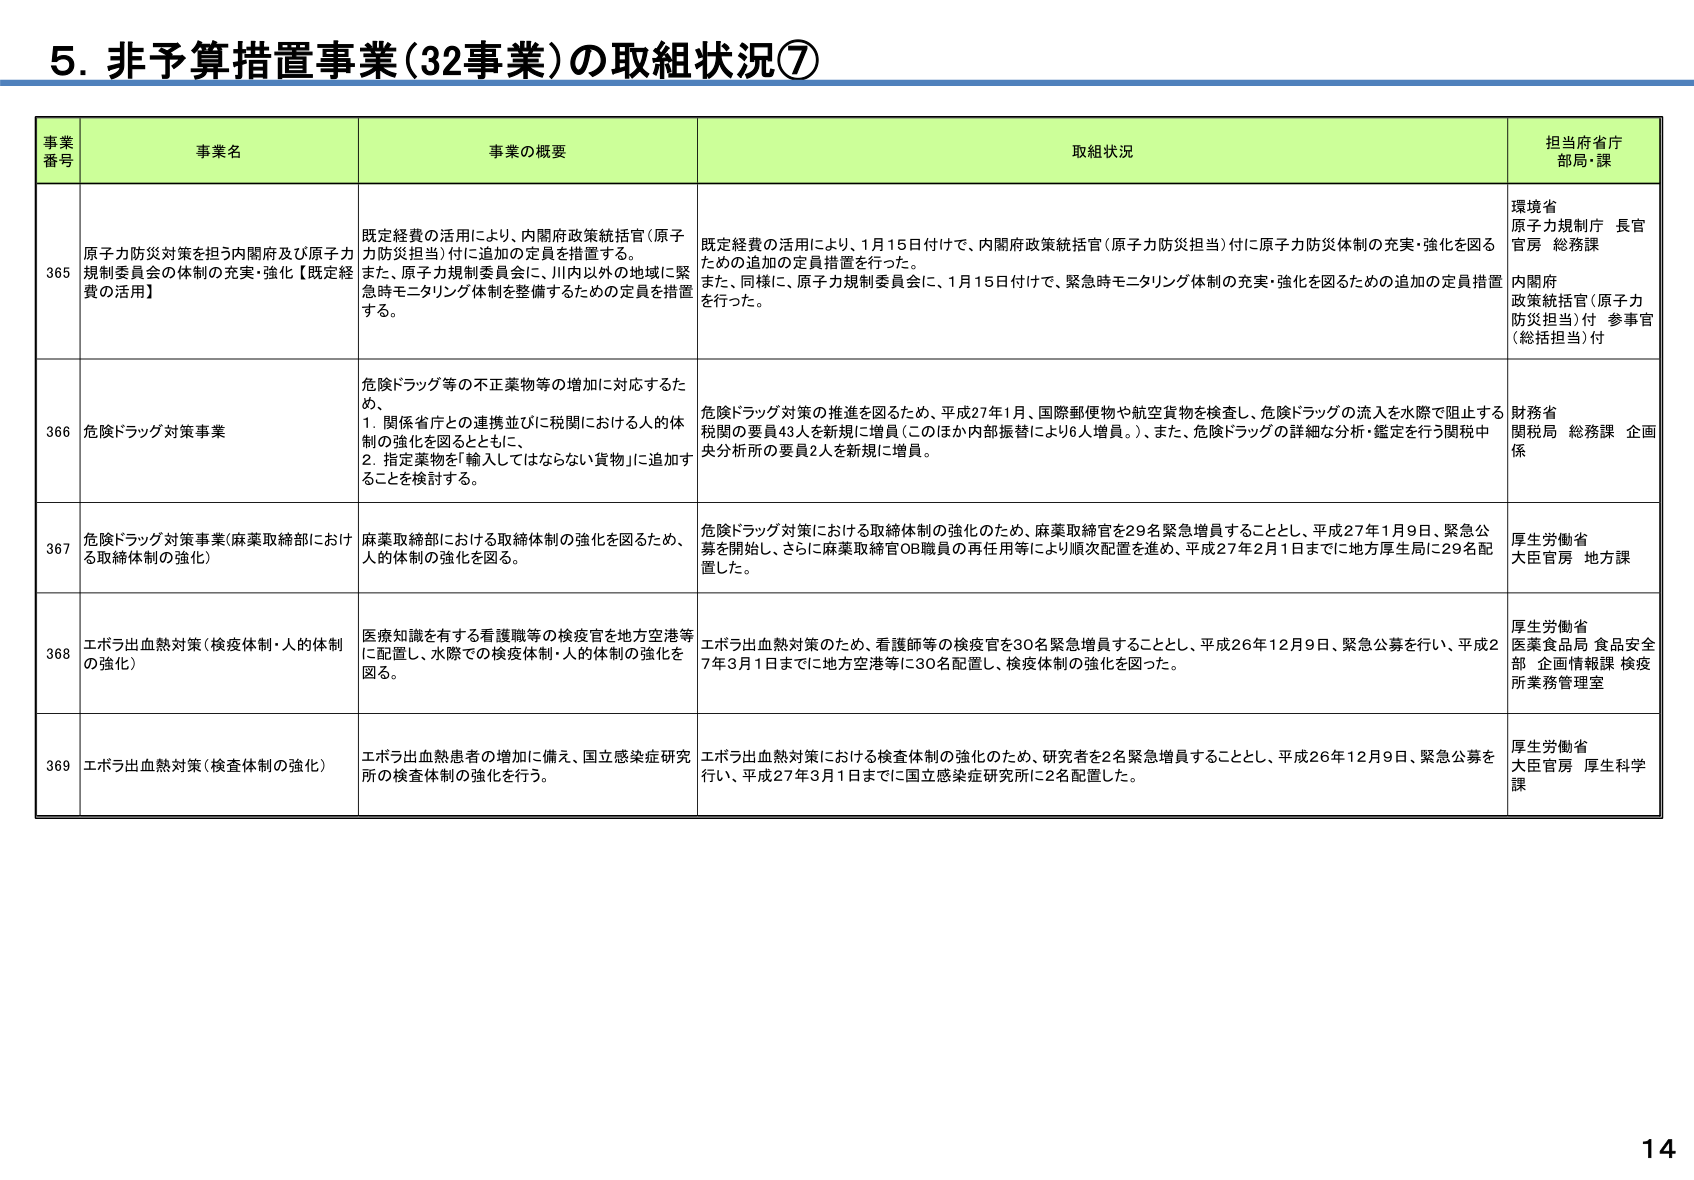
5. 非予算措置事業（32事業）の取組状況⑦

事業番号 事業名 事業の概要 取組状況 担当府省庁 部局・課

365 原子力防災対策を担う内閣府及び原子力規制委員会の体制の充実・強化【既定経費の活用】 既定経費の活用により、内閣府政策統括官（原子力防災担当）付に追加の定員を措置する。 また、原子力規制委員会に、川内以外の地域に緊急時モニタリング体制を整備するための定員を措置する。 既定経費の活用により、1月15日付けで、内閣府政策統括官（原子力防災担当）付に原子力防災体制の充実・強化を図るための追加の定員措置を行った。 また、同様に、原子力規制委員会に、1月15日付けで、緊急時モニタリング体制の充実・強化を図るための追加の定員措置を行った。 環境省 原子力規制庁 長官官房 総務課 内閣府 政策統括官（原子力防災担当）付 参事官（総括担当）付

366 危険ドラッグ対策事業 危険ドラッグ等の不正薬物等の増加に対応するため、 1. 関係省庁との連携並びに税関における人的体制の強化を図るとともに、 2. 指定薬物を「輸入してはならない貨物」に追加することを検討する。 危険ドラッグ対策の推進を図るため、平成27年1月、国際郵便物や航空貨物を検査し、危険ドラッグの流入を水際で阻止する税関の要員43人を新規に増員（このほか内部振替により6人増員。）、また、危険ドラッグの詳細な分析・鑑定を行う関税中央分析所の要員2人を新規に増員。 財務省 関税局 総務課 企画係

367 危険ドラッグ対策事業（麻薬取締部における取締体制の強化） 麻薬取締部における取締体制の強化を図るため、人的体制の強化を図る。 危険ドラッグ対策における取締体制の強化のため、麻薬取締官を29名緊急増員することとし、平成27年1月9日、緊急公募を開始し、さらに麻薬取締官OB職員の再任用等により順次配置を進め、平成27年2月1日までに地方厚生局に29名配置した。 厚生労働省 大臣官房 地方課

368 エボラ出血熱対策（検疫体制・人的体制の強化） 医療知識を有する看護師等の検疫官を地方空港等に配置し、水際での検疫体制・人的体制の強化を図る。 エボラ出血熱対策のため、看護師等の検疫官を30名緊急増員することとし、平成26年12月9日、緊急公募を行い、平成27年3月1日までに地方空港等に30名配置し、検疫体制の強化を図った。 厚生労働省 医薬食品局 食品安全部 企画情報課 検疫所業務管理室

369 エボラ出血熱対策（検査体制の強化） エボラ出血熱患者の増加に備え、国立感染症研究所の検査体制の強化を行う。 エボラ出血熱対策における検査体制の強化のため、研究者を2名緊急増員することとし、平成26年12月9日、緊急公募を行い、平成27年3月1日までに国立感染症研究所に2名配置した。 厚生労働省 大臣官房 厚生科学課

14